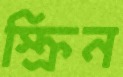
স্ক্রিন